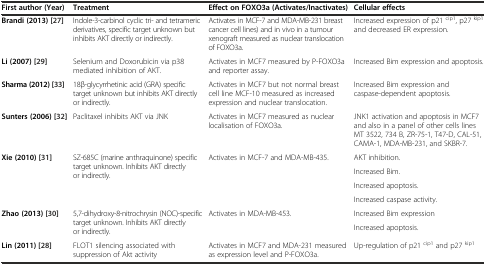
| First author (Year) | Treatment | Effect on FOXO3a (Activates/Inactivates) | Cellular effects |
 | --- | --- | --- | --- |
 | Brandi (2013) [27] | Indole-3-carbinol cyclic tri- and tetrameric derivatives, specific target unknown but inhibits AKT directly or indirectly. | Activates in MCF-7 and MDA-MB-231 breast cancer cell lines) and in vivo in a tumour xenograft measured as nuclear translocation of FOXO3a. | Increased expression of p21 cip1, p27 kip1 and decreased ER expression. |
 | Li (2007) [29] | Selenium and Doxorubicin via p38 mediated inhibition of AKT. | Activates in MCF7 measured by P-FOXO3a and reporter assay. | Increased Bim expression and apoptosis. |
 | Sharma (2012) [33] | 18β-glycyrrhetinic acid (GRA) specific target unknown but inhibits AKT directly or indirectly. | Activates in MCF7 but not normal breast cell line MCF-10 measured as increased expression and nuclear translocation. | Increased Bim expression and caspase-dependent apoptosis. |
 | Sunters (2006) [32] | Paclitaxel inhibits AKT via JNK | Activates in MCF7 measured as nuclear localisation of FOXO3a. | JNK1 activation and apoptosis in MCF7 and also in a panel of other cells lines MT 3522, 734 B, ZR-75-1, T47-D, CAL-51, CAMA-1, MDA-MB-231, and SKBR-7. |
 | <ROWSPAN=4> Xie (2010) [31] | <ROWSPAN=4> SZ-685C (marine anthraquinone) specific target unknown. Inhibits AKT directly or indirectly. | <ROWSPAN=4> Activates in MCF-7 and MDA-MB-435. | AKT inhibition. |
 | Increased Bim. |
 | Increased apoptosis. |
 | Increased caspase activity. |
 | <ROWSPAN=2> Zhao (2013) [30] | <ROWSPAN=2> 5,7-dihydroxy-8-nitrochrysin (NOC)-specific target unknown. Inhibits AKT directly or indirectly. | <ROWSPAN=2> Activates in MDA-MB-453. | Increased Bim expression |
 | Increased apoptosis. |
 | Lin (2011) [28] | FLOT1 silencing associated with suppression of Akt activity | Activates in MCF7 and MDA-231 measured as expression level and P-FOXO3a. | Up-regulation of p21 cip1 and p27 kip1 |